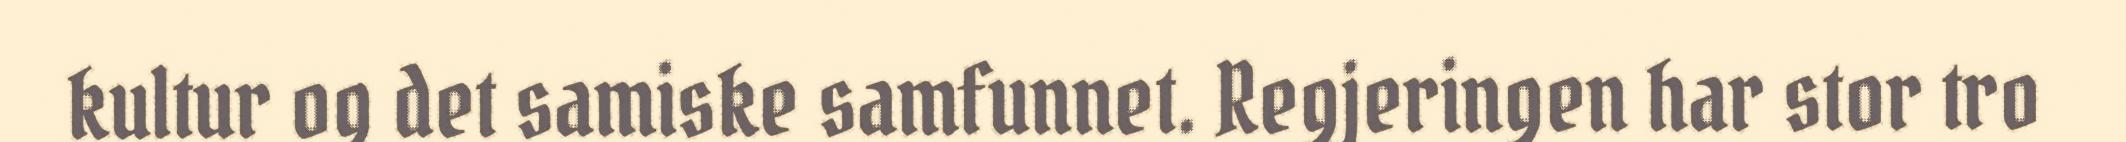
kultur og det samiske samfunnet. Regjeringen har stor tro